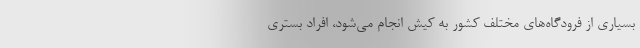
بسیاری از فرودگاه‌های مختلف کشور به کیش انجام می‌شود، افراد بستری